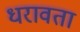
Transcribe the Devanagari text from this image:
धरावता